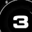
Digit: 3